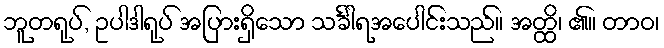
ဘူတရုပ်, ဥပါဒါရုပ် အပြားရှိသော သင်္ခါရအပေါင်းသည်။ အတ္ထိ၊ ၏။ တာဝ၊